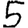
Digit: 5